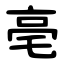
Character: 亳